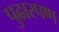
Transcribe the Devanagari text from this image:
पुढारपण